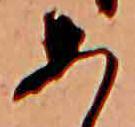
あ